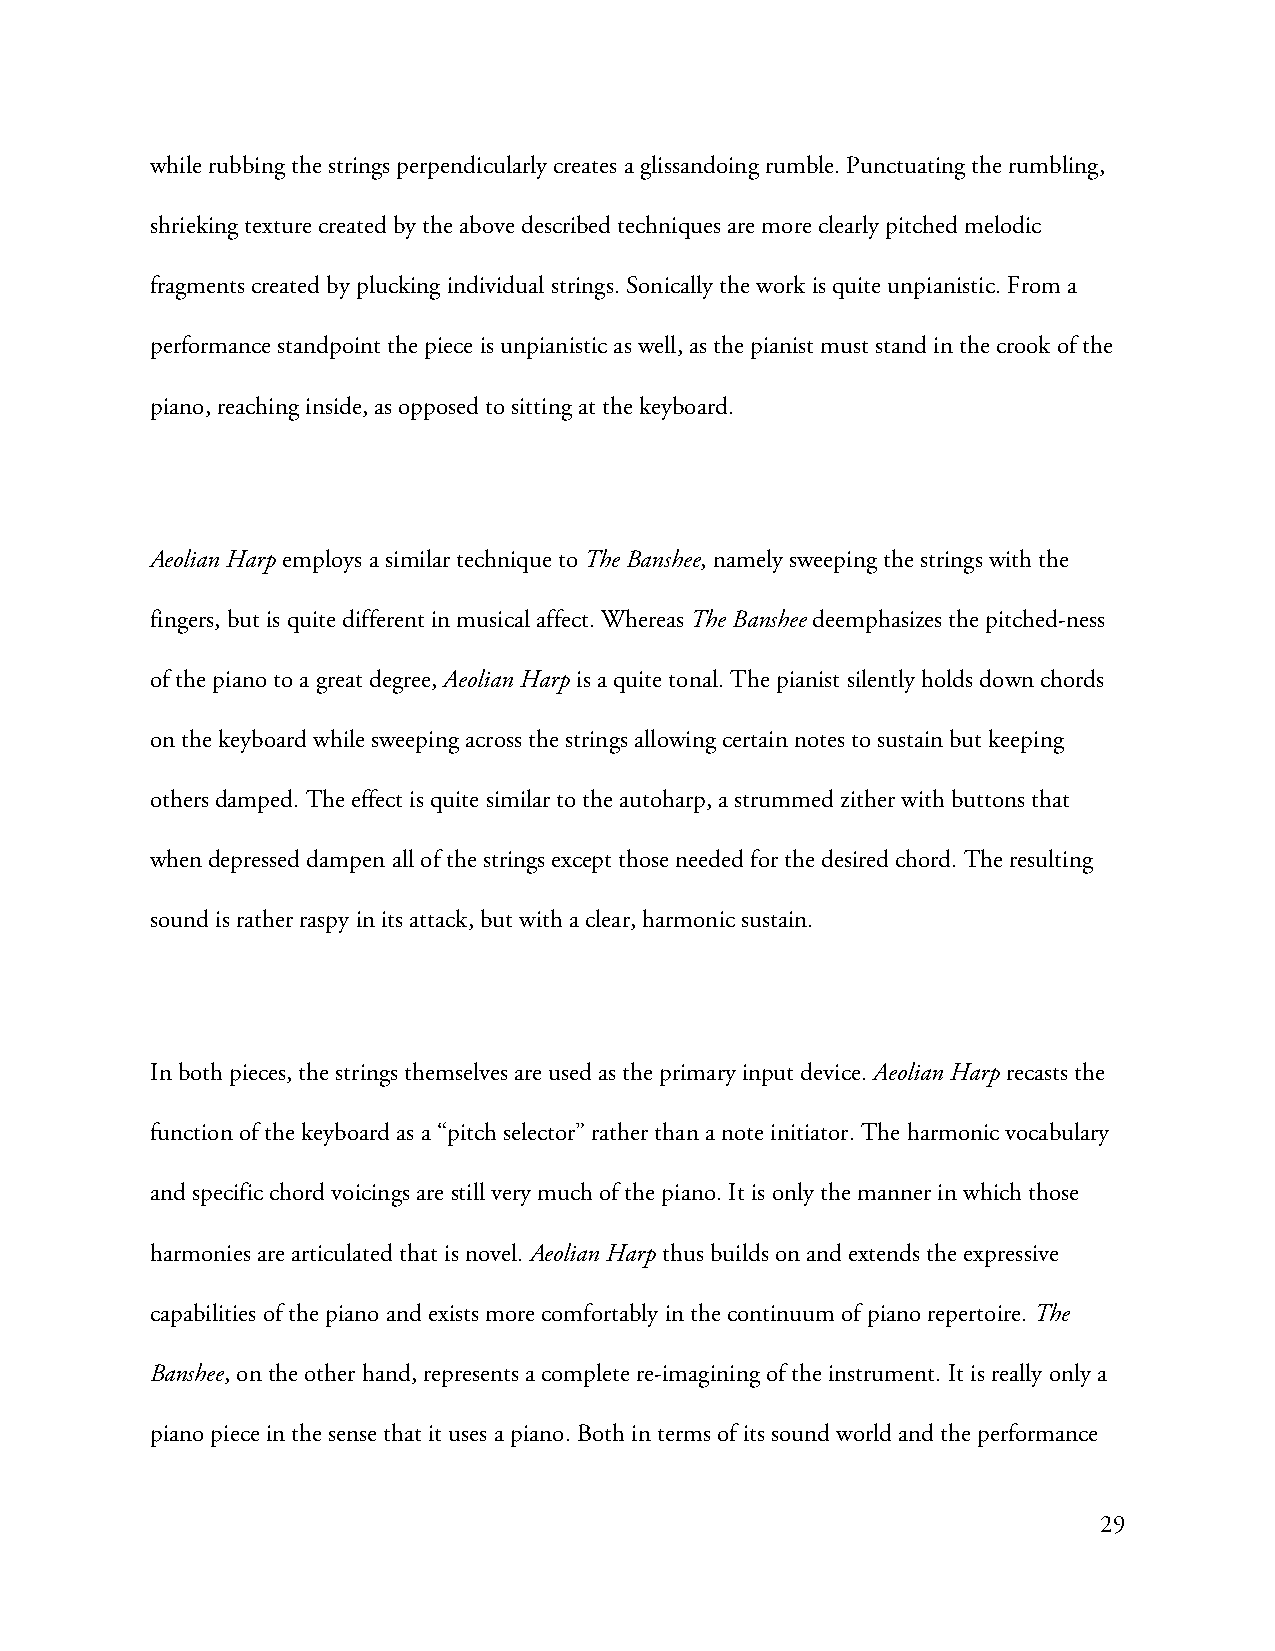
while rubbing the strings perpendicularly creates a glissandoing rumble. Punctuating the rumbling,
 shrieking texture created by the above described techniques are more clearly pitched melodic
 fragments created by plucking individual strings. Sonically the work is quite unpianistic. From a
 performance standpoint the piece is unpianistic as well, as the pianist must stand in the crook of the
 piano, reaching inside, as opposed to sitting at the keyboard.
 Aeolian Harp employs a similar technique to The Banshee, namely sweeping the strings with the
 fingers, but is quite different in musical affect. Whereas The Banshee deemphasizes the pitched-ness
 of the piano to a great degree, Aeolian Harp is a quite tonal. The pianist silently holds down chords
 on the keyboard while sweeping across the strings allowing certain notes to sustain but keeping
 others damped. The effect is quite similar to the autoharp, a strummed zither with buttons that
 when depressed dampen all of the strings except those needed for the desired chord. The resulting
 sound is rather raspy in its attack, but with a clear, harmonic sustain.
 In both pieces, the strings themselves are used as the primary input device. Aeolian Harp recasts the
 function of the keyboard as a “pitch selector” rather than a note initiator. The harmonic vocabulary
 and specific chord voicings are still very much of the piano. It is only the manner in which those
 harmonies are articulated that is novel. Aeolian Harp thus builds on and extends the expressive
 capabilities of the piano and exists more comfortably in the continuum of piano repertoire. The
 Banshee, on the other hand, represents a complete re-imagining of the instrument. It is really only a
 piano piece in the sense that it uses a piano. Both in terms of its sound world and the performance
 29